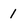
Character: 1